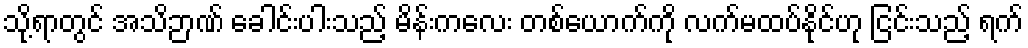
သို့ရာတွင် အသိဉာဏ် ခေါင်းပါးသည့် မိန်းကလေး တစ်ယောက်ကို လက်မထပ်နိုင်ဟု ငြင်းသည့် ရက်